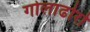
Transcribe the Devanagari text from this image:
गोलाढोरो